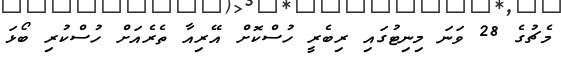
މެޗުގެ 28 ވަނަ މިނިޓުގައި ރިބެރީ ހުސްކޮށް އޭރިއާ ތެރެއަށް ހުސްކުރި ބޯޅަ